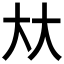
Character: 夶